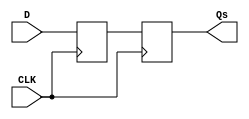
module master_slave_ff_synchronizer (
    input wire D,         // Input signal to be synchronized
    input wire CLK,       // Clock signal
    output reg Qs        // Synchronized output signal
);

    // Internal wire for master output
    reg Qm;               // Master output

    // Master Flip-Flop: captures D on the rising edge of CLK
    always @(posedge CLK) begin
        Qm <= D;         // Capture input data D
    end

    // Slave Flip-Flop: captures Qm on the falling edge of CLK
    always @(negedge CLK) begin
        Qs <= Qm;        // Transfer master output to slave output
    end

endmodule